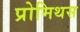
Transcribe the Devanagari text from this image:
प्रोमिथस